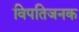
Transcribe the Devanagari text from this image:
विपतिजनक